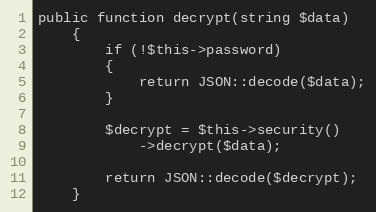
Language: PHP
public function decrypt(string $data)
    {
        if (!$this->password)
        {
            return JSON::decode($data);
        }

        $decrypt = $this->security()
            ->decrypt($data);

        return JSON::decode($decrypt);
    }